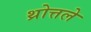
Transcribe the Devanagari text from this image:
थ्रोत्तले